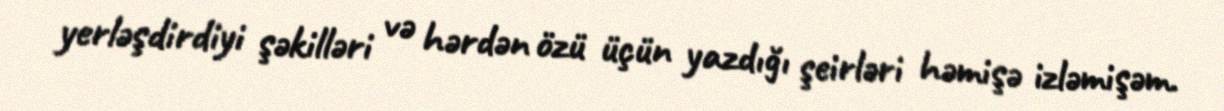
yerləşdirdiyi şəkilləri və hərdən özü üçün yazdığı şeirləri həmişə izləmişəm.